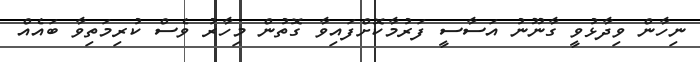
ނިހާން ވިދާޅުވީ ގާނޫނު އަސާސީ ފަރުމާކޮށްފައިވާ ގޮތުން މިހާރު ވެސް ކުރިމަތިވާ ބައެއް